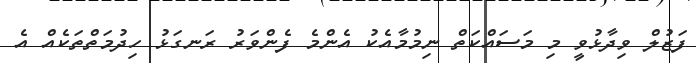
ފަޒުލް ވިދާޅުވީ މި މަސައްކަތް ނިމުމާއެކު އެންމެ ފެންވަރު ރަނގަޅު ހިދުމަތްތަކެއް އެ